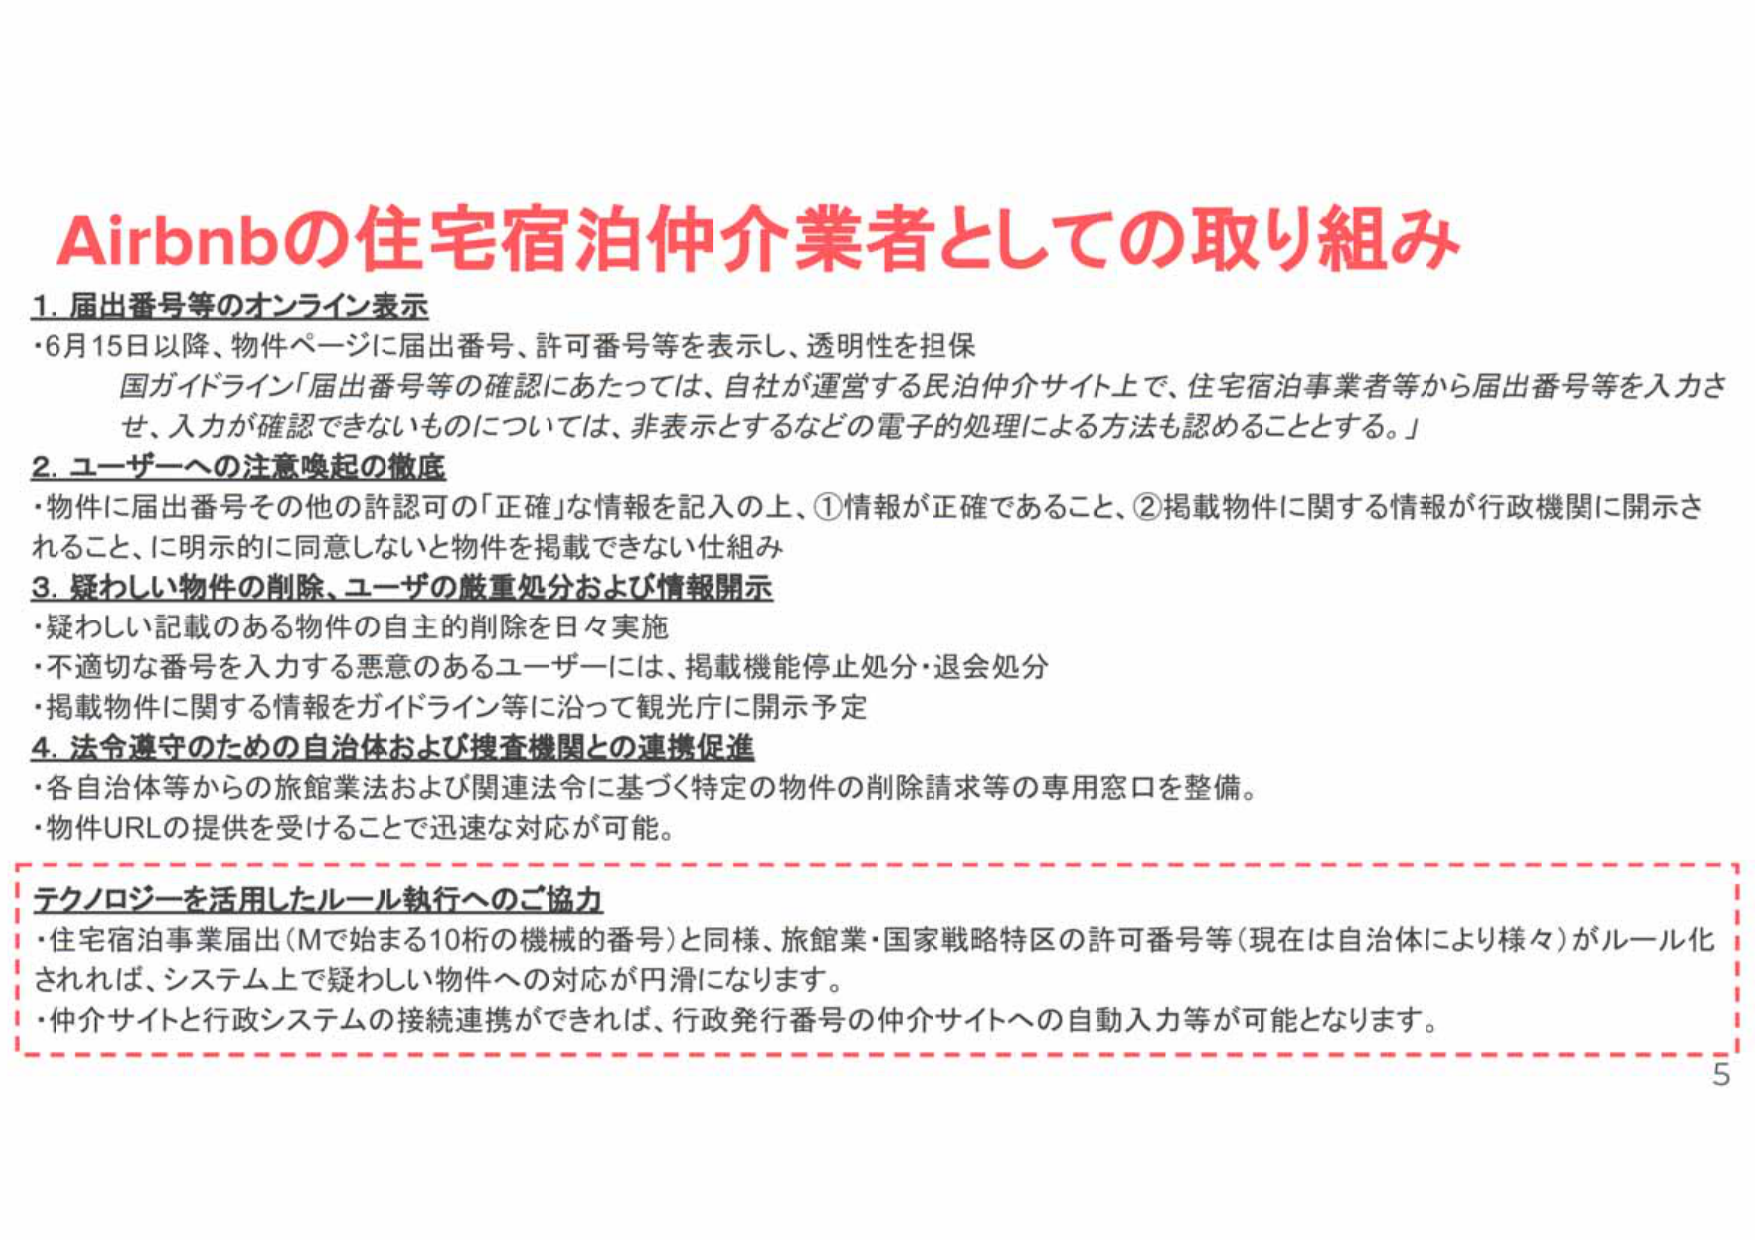
Airbnbの住宅宿泊仲介業者としての取り組み
1. 届出番号等のオンライン表示
・6月15日以降、物件ページに届出番号、許可番号等を表示し、透明性を担保
　国ガイドライン「届出番号等の確認にあたっては、自社が運営する民泊仲介サイト上で、住宅宿泊事業者等から届出番号等を入力させ、入力が確認できないものについては、非表示とするなどの電子的処理による方法も認めることがある。」
2. ユーザーへの注意喚起の徹底
・物件に届出番号その他の許認可の「正確」な情報を記入の上、①情報が正確であること、②掲載物件に関する情報が行政機関に開示されること、に明示的に同意しないと物件を掲載できない仕組み
3. 疑わしい物件の削除、ユーザーの厳重処分および情報開示
・疑わしい記載のある物件の自主的削除を日々実施
・不適切な番号を入力する悪意のあるユーザーには、掲載機能停止処分・退会処分
・掲載物件に関する情報をガイドライン等に沿って観光庁に開示予定
4. 法令遵守のための自治体および捜査機関との連携促進
・各自治体等からの旅館業法および関連法令に基づく特定の物件の削除請求等の専用窓口を整備。
・物件URLの提供を受けることで迅速な対応が可能。
テクノロジーを活用したルール執行へのご協力
・住宅宿泊事業届出（Mで始まる10桁の機械的番号）と同様、旅館業・国家戦略特区の許可番号等（現在は自治体により様々）がルール化されれば、システム上で疑わしい物件への対応が円滑になります。
・仲介サイトと行政システムの接続連携ができれば、行政発行番号の仲介サイトへの自動入力等が可能となります。
5